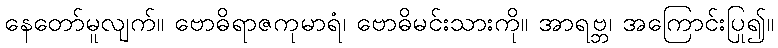
နေတော်မူလျက်။ ဗောဓိရာဇကုမာရံ၊ ဗောဓိမင်းသားကို။ အာရဗ္ဘ၊ အကြောင်းပြု၍။